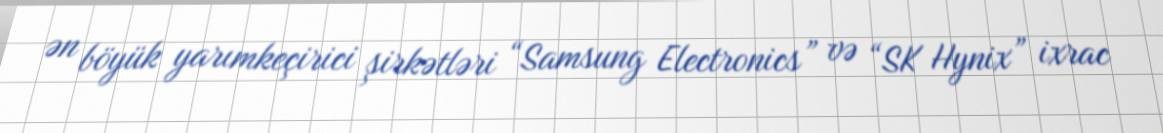
ən böyük yarımkeçirici şirkətləri “Samsung Electronics” və “SK Hynix” ixrac